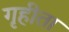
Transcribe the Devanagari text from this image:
गृहीता